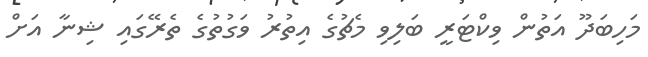
މަހިބަދޫ އަތުން ވިކްޓަރީ ބަލިވި މެޗުގެ އިތުރު ވަގުތުގެ ތެރޭގައި ޝިނާ އަށް